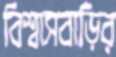
বিশ্বাসবাড়ির